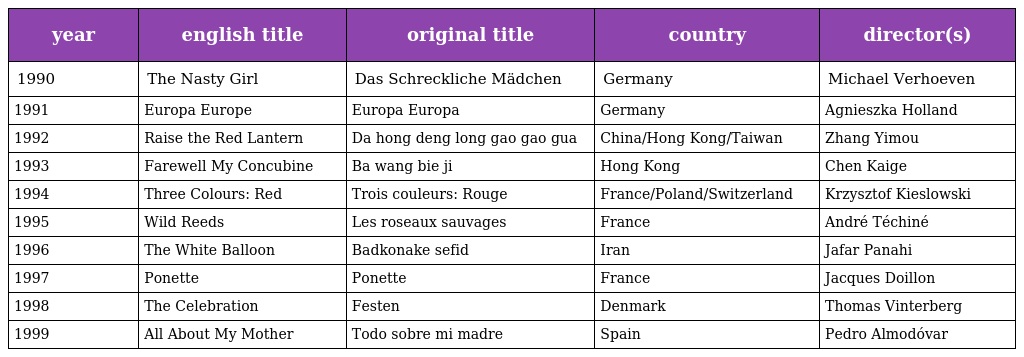
| year | english title | original title | country | director(s) |
 | --- | --- | --- | --- | --- |
 | 1990 | The Nasty Girl | Das Schreckliche Mädchen | Germany | Michael Verhoeven |
 | 1991 | Europa Europe | Europa Europa | Germany | Agnieszka Holland |
 | 1992 | Raise the Red Lantern | Da hong deng long gao gao gua | China/Hong Kong/Taiwan | Zhang Yimou |
 | 1993 | Farewell My Concubine | Ba wang bie ji | Hong Kong | Chen Kaige |
 | 1994 | Three Colours: Red | Trois couleurs: Rouge | France/Poland/Switzerland | Krzysztof Kieslowski |
 | 1995 | Wild Reeds | Les roseaux sauvages | France | André Téchiné |
 | 1996 | The White Balloon | Badkonake sefid | Iran | Jafar Panahi |
 | 1997 | Ponette | Ponette | France | Jacques Doillon |
 | 1998 | The Celebration | Festen | Denmark | Thomas Vinterberg |
 | 1999 | All About My Mother | Todo sobre mi madre | Spain | Pedro Almodóvar |